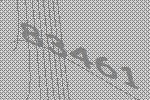
83461